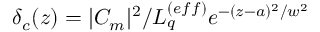
\delta _ { c } ( z ) = | C _ { m } | ^ { 2 } / L _ { q } ^ { ( e f f ) } e ^ { - ( z - a ) ^ { 2 } / w ^ { 2 } }